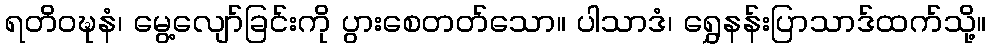
ရတိဝဍ္ဎနံ၊ မွေ့လျော်ခြင်းကို ပွားစေတတ်သော။ ပါသာဒံ၊ ရွှေနန်းပြာသာဒ်ထက်သို့။